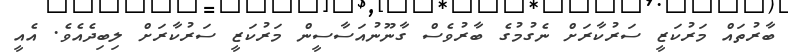
ބާރުތައް މަރުކަޒީ ސަރުކާރަށް ނެގުމުގެ ބާރުވެސް ގާނޫނުއަސާސީން މަރުކަޒީ ސަރުކާރަށް ލިބިދެއެވެ. އެއީ